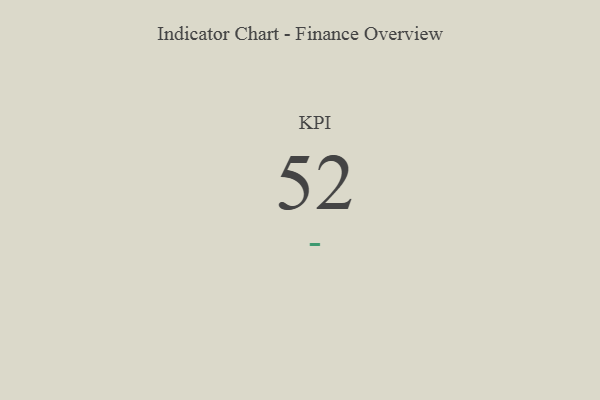
{"axis": {"x": "KPI", "y": "Value"}, "legend": [""], "data": [{"x": "KPI", "y": 52, "type": ""}]}